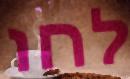
לחו